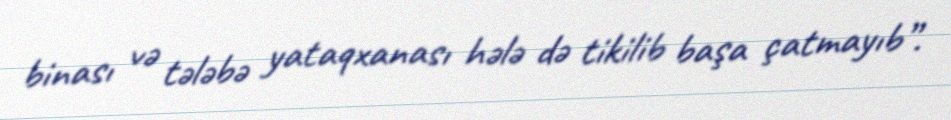
binası və tələbə yataqxanası hələ də tikilib başa çatmayıb”.